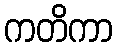
ကတိကာ